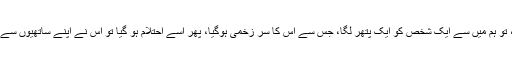
حضرت جابر رضی اللہ عنہ فرماتے ہیں کہ ہم ایک سفر میں نکلے، تو ہم میں سے ایک شخص کو ایک پتھر لگا، جس سے اس کا سر زخمی ہوگیا، پھر اسے احتلام ہو گیا تو اس نے اپنے ساتھیوں سے (مسئلہ)پوچھاکیا: کیا تم لوگ میرے لیے تیمم کی رخصت پاتے ہو؟